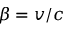
\beta = v / c